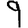
Digit: 9